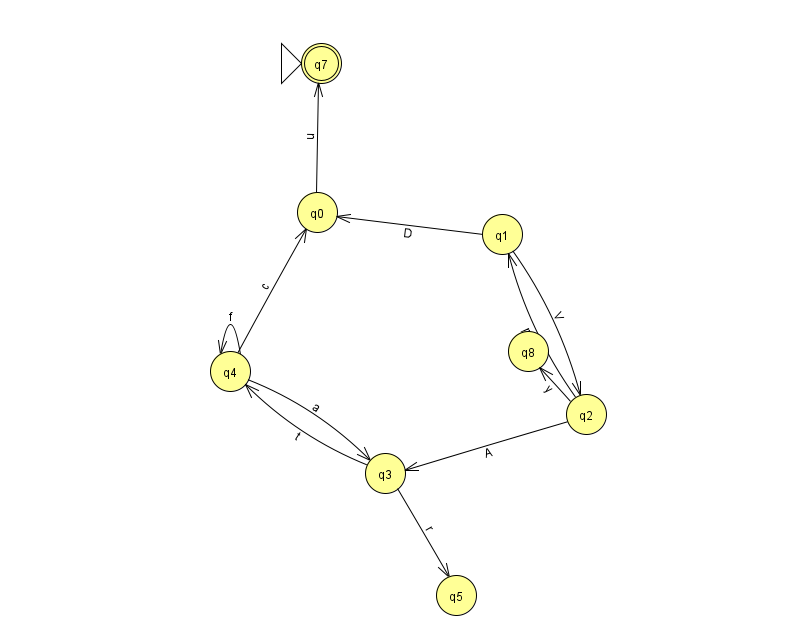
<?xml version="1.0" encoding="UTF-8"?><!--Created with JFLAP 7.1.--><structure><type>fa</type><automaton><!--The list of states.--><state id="0" name="q0"><x>317.0</x><y>199.0</y></state><state id="1" name="q1"><x>502.0</x><y>221.0</y></state><state id="2" name="q2"><x>586.0</x><y>401.0</y></state><state id="3" name="q3"><x>385.0</x><y>460.0</y></state><state id="4" name="q4"><x>230.0</x><y>358.0</y></state><state id="5" name="q5"><x>456.0</x><y>582.0</y></state><state id="7" name="q7"><x>321.0</x><y>50.0</y><initial/><final/></state><state id="8" name="q8"><x>528.0</x><y>338.0</y></state><!--The list of transitions.--><transition><from>2</from><to>8</to><read>y</read></transition><transition><from>0</from><to>7</to><read>u</read></transition><transition><from>3</from><to>4</to><read>t</read></transition><transition><from>1</from><to>0</to><read>D</read></transition><transition><from>4</from><to>3</to><read>a</read></transition><transition><from>3</from><to>5</to><read>r</read></transition><transition><from>4</from><to>4</to><read>f</read></transition><transition><from>4</from><to>0</to><read>c</read></transition><transition><from>1</from><to>2</to><read>V</read></transition><transition><from>2</from><to>3</to><read>A</read></transition><transition><from>2</from><to>1</to><read>p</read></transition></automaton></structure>